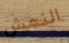
النمش